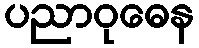
ပညာဝုဓေန